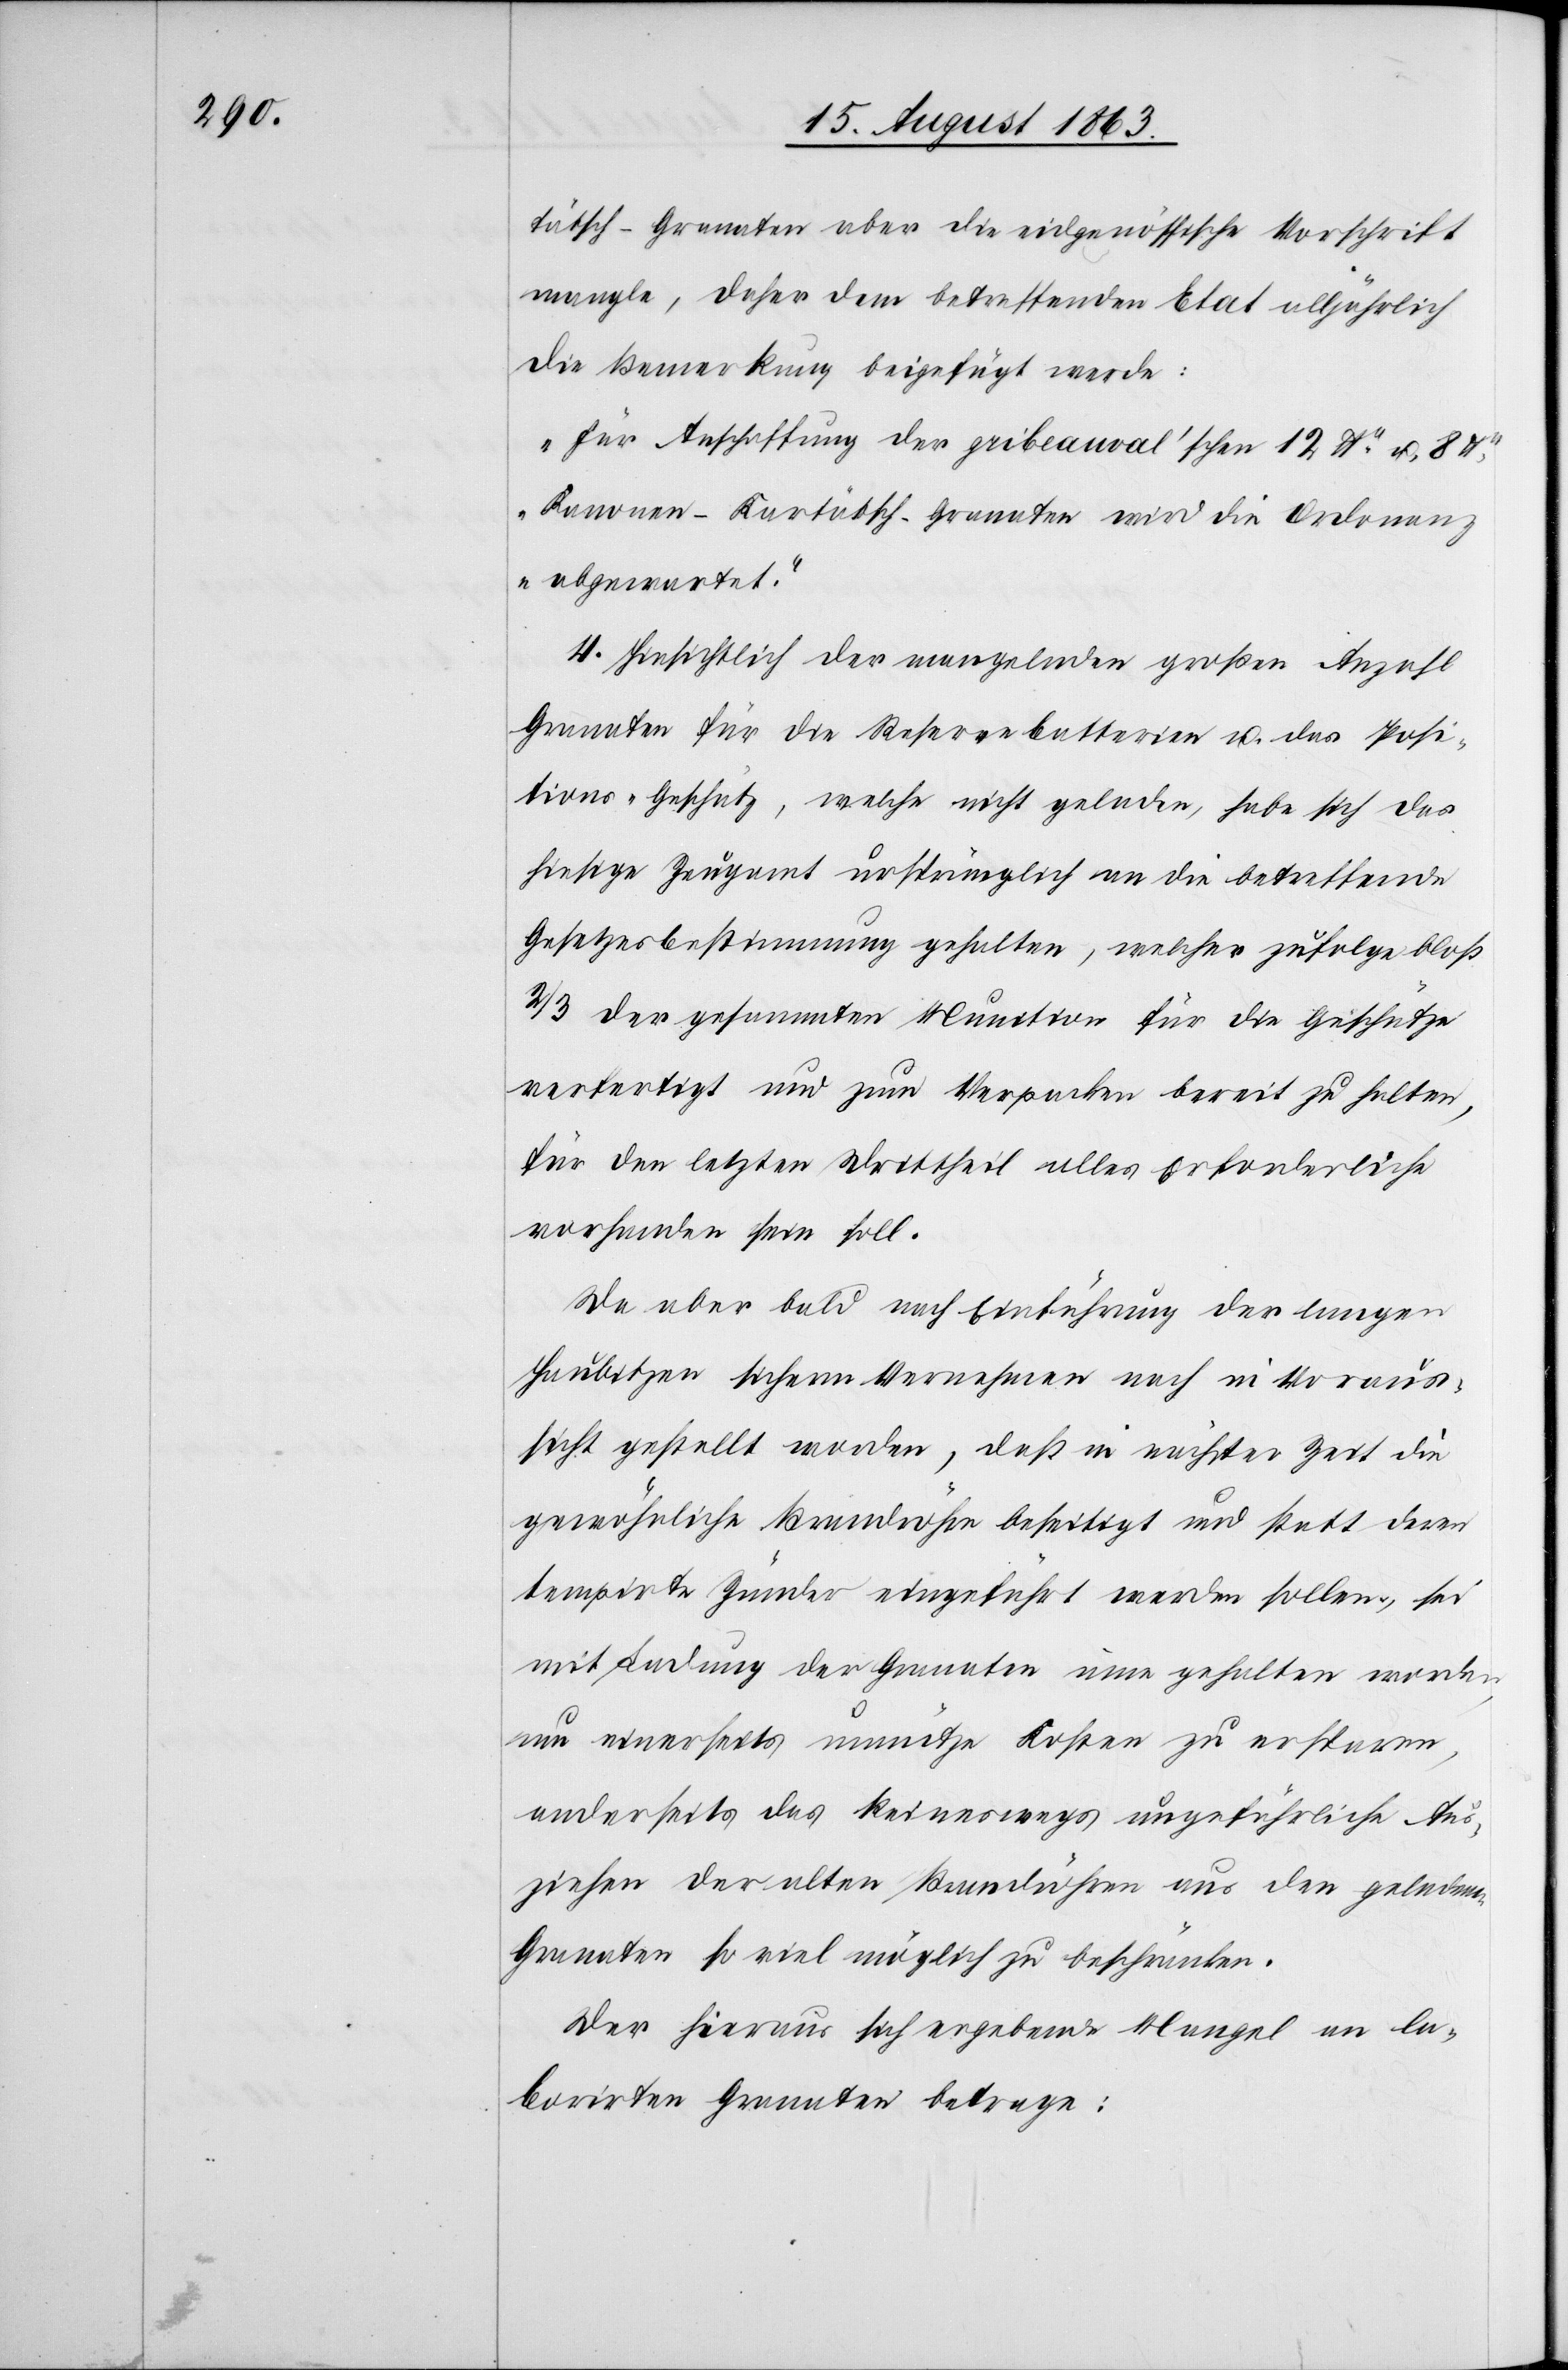
tätsch-Granaten aber die eidgenössische Vorschrift
mangle, daher dem betreffenden Etat alljährlich
die Bemerkung beigefügt werde:
„Für Anschaffung der gribeauval'schen 12 lbr u. 8
Kanonen-Kartätsch-Granaten wird die Ordonanz
abgewartet.“
4. Hinsichtlich der mangelnden großen Anzahl
Granaten für die Reservebatterien u. das Posi¬
tions-Geschütz, welche nicht geladen, habe sich das
hiesige Zeugamt ursprünglich an die betreffende
Gesetzesbestimmung gehalten, welcher zufolge bloß
2/3 der gesammten Munition für die Geschütze
verfertigt und zum Verpacken bereit zu halten,
für den letzten Drittheil alles Erforderliche
vorhanden sein soll.
Da aber bald auf Einführung der langen
Haubitzen sicherm Vernehmen nach in Voraus¬
sicht gestellt worden, daß in nächster Zeit die
gewöhnliche Brandröhre beseitigt und statt deren
tempirte Zünder eingeführt werden sollen, sei
mit Landung der Granaten inne gehalten worden,
um einerseits unnütze Kosten zu ersparen,
anderseits das keineswegs ungefährliche Aus¬
ziehen der alten Brandröhren aus den geladenen
Granaten so viel möglich zu beschränken.
Der hieraus sich ergebende Mangel an la¬
borirten Granaten betrage: